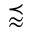
\precapprox